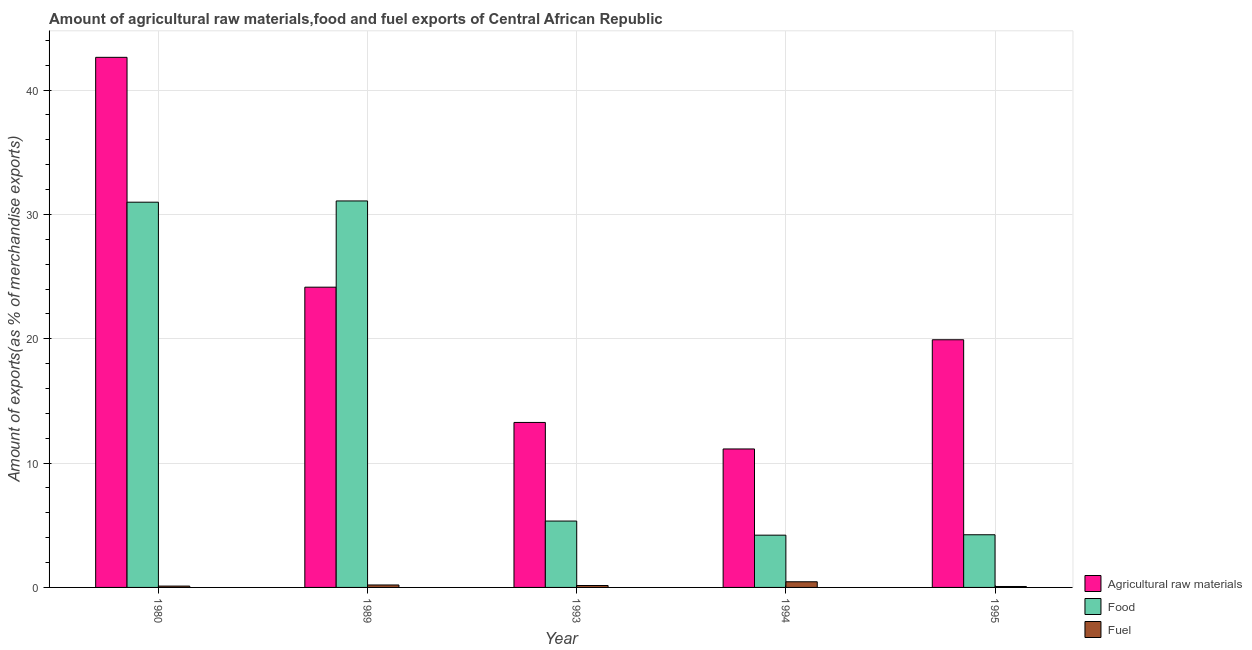
| Year | Agricultural raw materials | Food | Fuel |
 | --- | --- | --- | --- |
 | 1980 | 42.6 | 31 | 0.108 |
 | 1989 | 24.1 | 31.1 | 0.197 |
 | 1993 | 13.3 | 5.34 | 0.154 |
 | 1994 | 11.1 | 4.2 | 0.455 |
 | 1995 | 19.9 | 4.24 | 0.0755 |